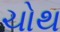
ચોથ